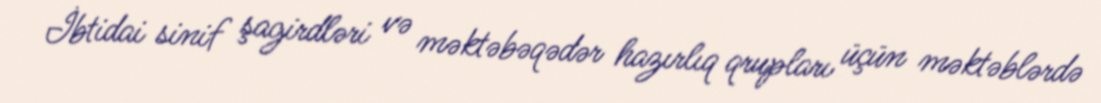
İbtidai sinif şagirdləri və məktəbəqədər hazırlıq qrupları üçün məktəblərdə